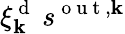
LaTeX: \xi_{\mathbf{k}}^{\mathrm{{~d~}}}\: s^{\mathrm{{~o~u~t~}},\mathbf{k}}